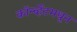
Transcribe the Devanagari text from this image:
कॉन्व्हेंटमधून